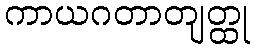
ကာယဂတာတျတ္ထု